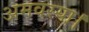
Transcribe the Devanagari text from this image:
अमवस्या।